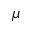
\mu